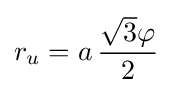
r_{u}=a\,{\frac {{\sqrt {3}}\varphi }{2}}